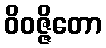
ဝိဝဇ္ဇိတော